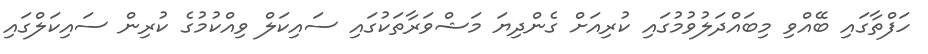
ހަފްތާގައި ބޭއްވި މިބައްދަލުވުމުގައި ކުރިއަށް ގެންދިޔަ މަޝްވަރާތަކުގައި ސައިކަލް ވިއްކުމުގެ ކުރިން ސައިކަލްގައި